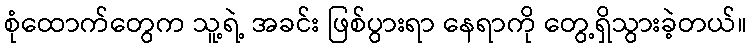
စုံထောက်တွေက သူ့ရဲ့ အခင်း ဖြစ်ပွားရာ နေရာကို တွေ့ရှိသွားခဲ့တယ်။